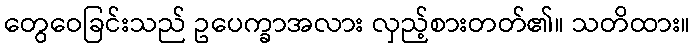
တွေဝေခြင်းသည် ဥပေက္ခာအလား လှည့်စားတတ်၏။ သတိထား။